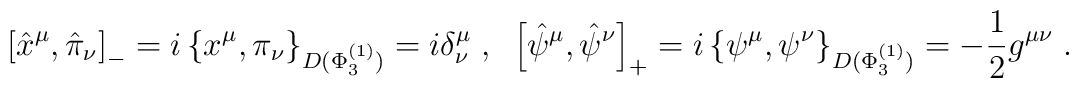
\left[\hat{x}^\mu,\hat{\pi}_\nu\right]_{-}=i\left\{x^\mu,\pi_\nu\right\}_{D(\Phi^{(1)}_3)}=i\delta^\mu_\nu\;,\;\;\left[\hat{\psi}^\mu,\hat{\psi}^\nu\right]_{+}=i\left\{\psi^\mu,\psi^\nu\right\}_{D(\Phi^{(1)}_3)}=-\frac{1}{2}g^{\mu \nu}\;.